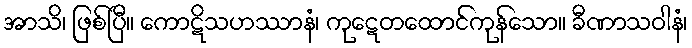
အာသိ၊ ဖြစ်ပြီ။ ကောဋိသဟဿာနံ၊ ကုဋေတထောင်ကုန်သော။ ခီဏာသဝါနံ၊